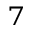
^ 7